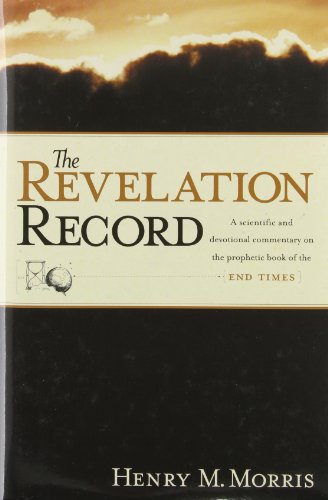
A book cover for The Revelation Record: A Scientific and Devotional Commentary on the Prophetic Book of the End of Times; Henry M. Morris; Reference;